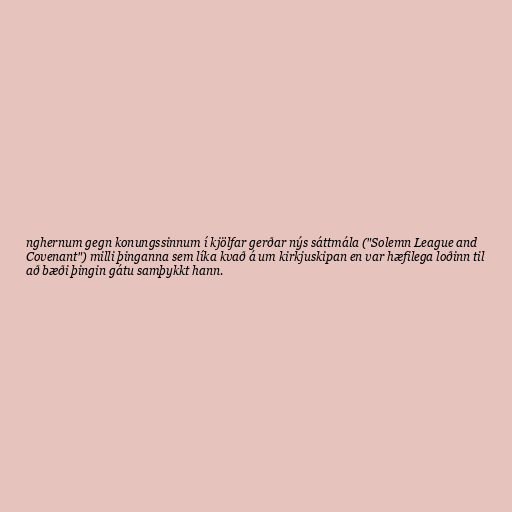
nghernum gegn konungssinnum í kjölfar gerðar nýs sáttmála ("Solemn League and
Covenant") milli þinganna sem líka kvað á um kirkjuskipan en var hæfilega loðinn til
að bæði þingin gátu samþykkt hann.